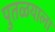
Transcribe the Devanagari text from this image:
पुतळयाला